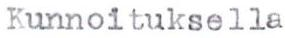
Kunnoituksella